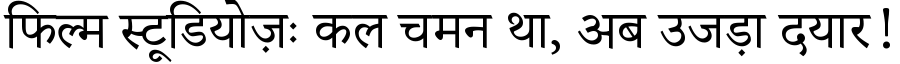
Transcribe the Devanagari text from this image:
फिल्म स्टूडियोज़ः कल चमन था, अब उजड़ा दयार!